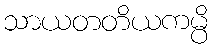
သာယတတိယကမ္ပိ